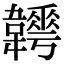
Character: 𩏬